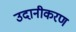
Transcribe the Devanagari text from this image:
उदानीकरण